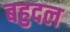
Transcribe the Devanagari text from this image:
बहुदल